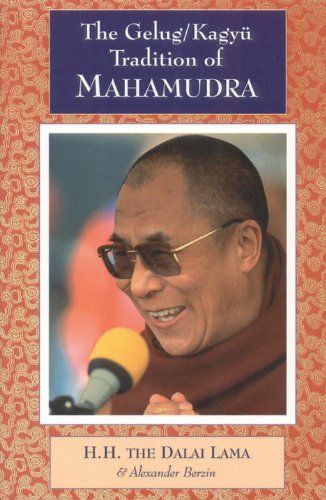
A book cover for The Gelug/Kagyu Tradition Of Mahamudra; Dalai Lama; Religion & Spirituality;